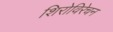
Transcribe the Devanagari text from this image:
शिरोविरेचन